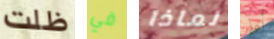
ظلت في لماذا أعلم